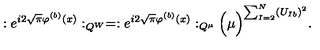
: e ^ { i 2 \sqrt { \pi } \varphi ^ { ( b ) } ( x ) } : _ { Q ^ { W } } = : e ^ { i 2 \sqrt { \pi } \varphi ^ { ( b ) } ( x ) } : _ { Q ^ { \mu } } \Big ( \mu \Big ) ^ { \sum _ { I = 2 } ^ { N } ( U _ { I b } ) ^ { 2 } } .